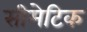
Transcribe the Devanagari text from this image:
सीमेटिक